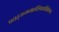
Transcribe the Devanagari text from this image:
प्रदातृजन्मनक्षत्रेत्रिपादर्क्षेविशेषतः